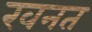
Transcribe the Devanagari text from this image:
खनत